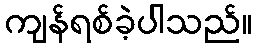
ကျန်ရစ်ခဲ့ပါသည်။